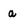
Character: a